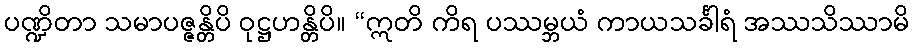
ပဏ္ဍိတာ သမာပဇ္ဇန္တိပိ ဝုဋ္ဌဟန္တိပိ။ “ဣတိ ကိရ ပဿမ္ဘယံ ကာယသင်္ခါရံ အဿသိဿာမိ